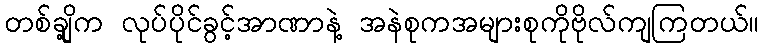
တစ်ချို့က လုပ်ပိုင်ခွင့်အာဏာနဲ့ အနဲစုကအများစုကိုဗိုလ်ကျကြတယ်။